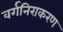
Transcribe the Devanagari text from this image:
वर्गनिराकरण